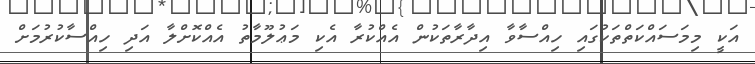
އަކީ މިމަސައްކަތްތަކުގައި ހިއްސާވާ އިދާރާތަކުން އެއްކުރާ އެކި މަޢުލޫމާތު އެއްކޮށްލާ އަދި ހިއްސާކުރުމަށް